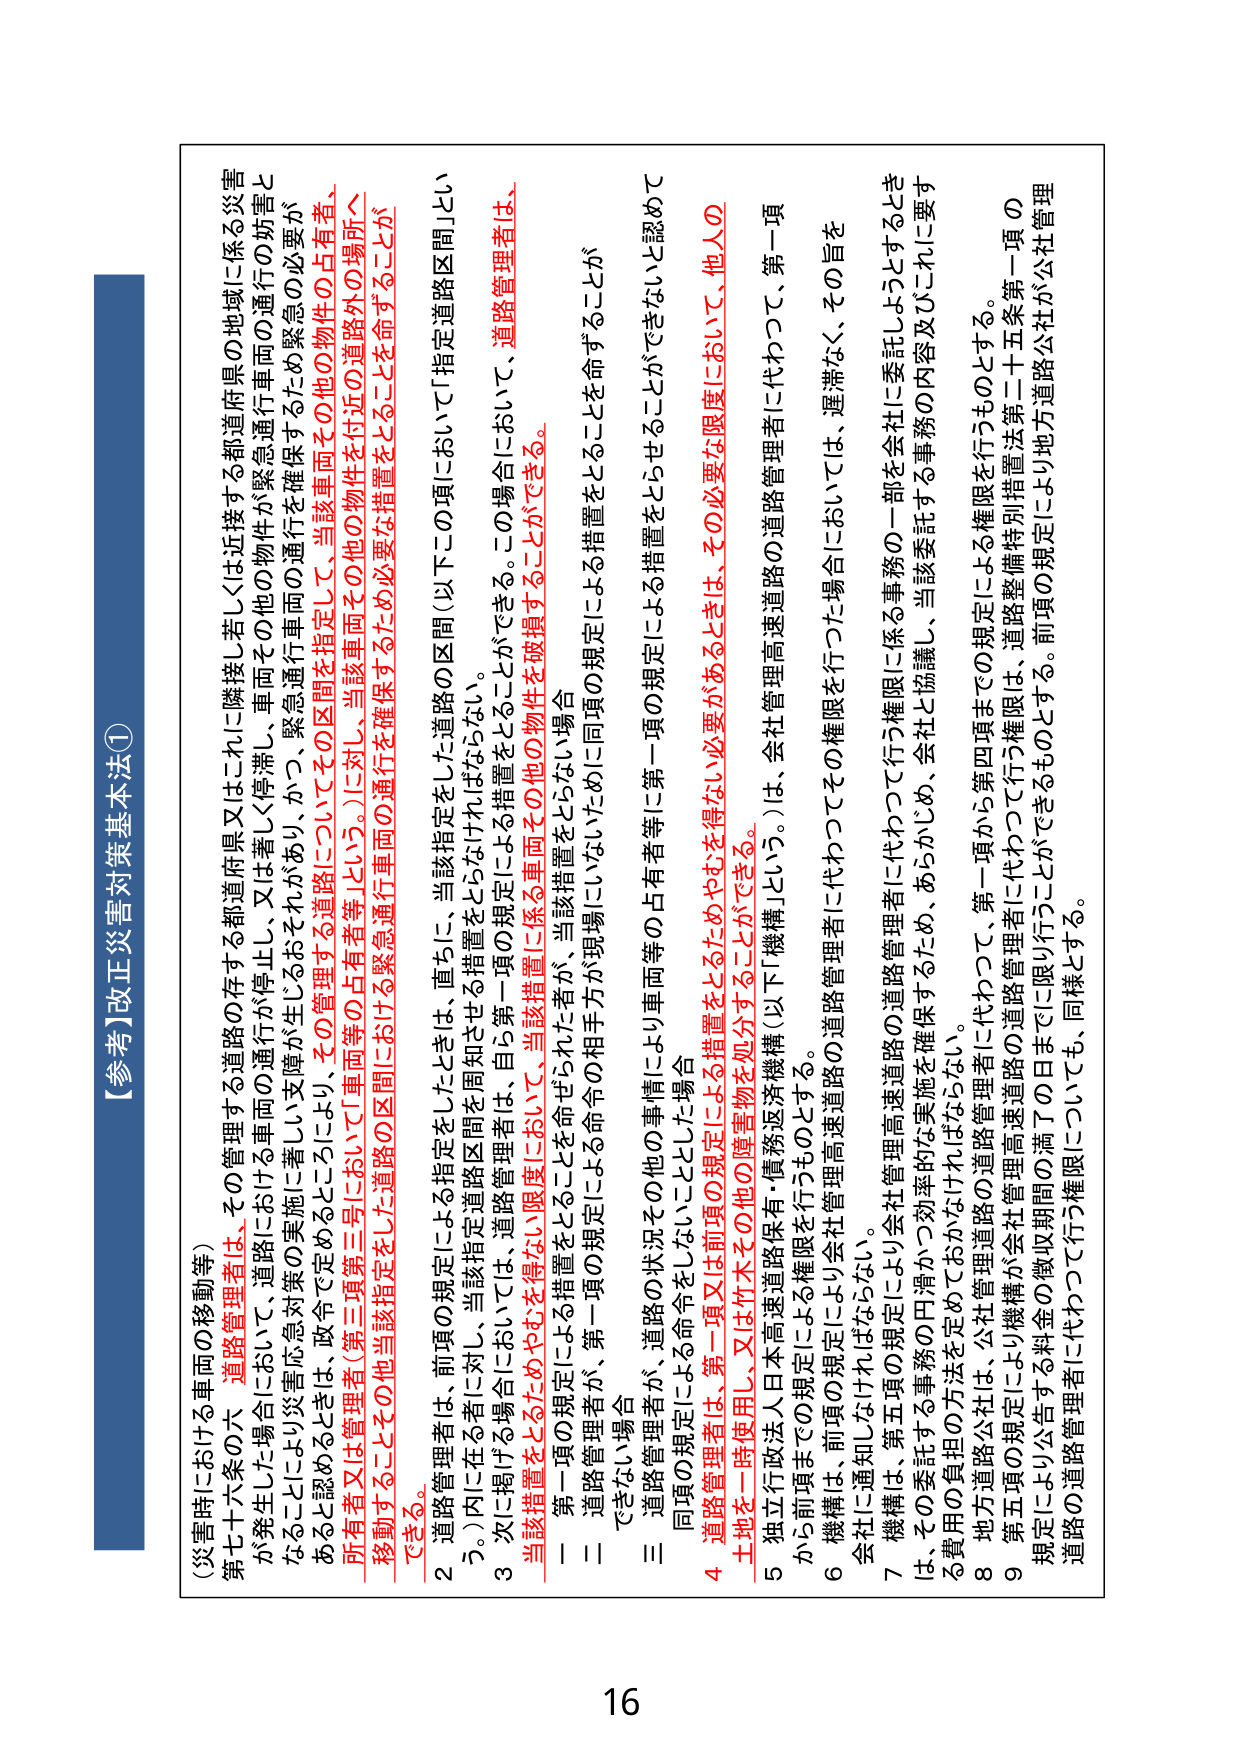
【参考】改正災害対策基本法①

（災害時における車両の移動等）

第七十六条の六 道路管理者は、その管理する道路の存する都道府県又はこれに隣接し若しくは近接する都道府県の地域に係る災害
が発生した場合において、道路における車両の通行が停止し、又は著しく停滞し、車両その他の物件が緊急通行車両の通行の妨害と
なることにより災害応急対策の実施に著しい支障が生じるおそれがあり、かつ、緊急通行車両の通行を確保するため緊急の必要が
あると認めるときは、政令で定めるところにより、その管理する道路についてその区間を指定して、当該車両その他の物件の占有者、
所有者又は管理者（第三項第三号において「車両等の占有者等」という。）に対し、当該車両その他の物件を付近の道路の場所へ
移動することその他当該指定をした道路の区間における緊急通行車両の通行を確保するため必要な措置をとることを命ずることが
できる。

２ 道路管理者が、前項の規定による指定をしたときは、直ちに、当該指定をした道路の区間（以下この項において「指定道路区間」とい
う。）内に在る者に対し、当該指定道路区間を周知させる措置をとらなければならない。

３ 次に掲げる場合においては、道路管理者は、自ら第一項の規定による措置をとることができる。この場合において、道路管理者は、
当該措置をとるためやむを得ない限度において、当該措置に係る車両その他の物件を破損することができる。

一 第一項の規定による措置をとることを命ぜられた者が、当該措置をとらない場合

二 道路管理者が、第一項の規定による命令の相手方が現場にいないために同項の規定による措置をとることを命ずることが
できない場合

三 道路管理者が、道路の状況その他の事情により車両等の占有者等による措置をとらせることができないと認めて
同項の規定による命令をしないこととした場合

４ 道路管理者は、第一項又は前項の規定による措置をとるためやむを得ない必要があるときは、その必要な限度において、他人の
土地を一時使用し、又は竹木その他の障害物を処分することができる。

５ 独立行政法人日本高速道路保有・債務返済機構（以下「機構」という。）は、会社管理高速道路の道路管理者に代わって、第一項
から前項までの規定による権限を行うものとする。

６ 機構は、前項の規定により会社管理高速道路の道路管理者に代わってその権限を行った場合においては、運滞なく、その旨を
会社に通知しなければならない。

７ 機構は、第五項の規定により会社管理高速道路の道路管理者に代わって行う権限に係る事務の一部を会社に委託しようとするとき
は、その委託する事務の円滑かつ効率的な実施を確保するため、あらかじめ、会社と協議し、当該委託する事務の内容及びこれに要す
る費用の負担の方法を定めておかなければならない。

８ 地方道路公社は、公社管理道路の道路管理者に代わって、第一項から第四項までの規定による権限を行うものとする。

９ 第五項の規定により機構が会社管理高速道路の道路管理者に代わって行う権限は、道路整備特別措置法第二十五条第一項の
規定により公告する料金の徴収期間の満了の日までに限り行うことができるものとする。前項の規定により地方道路公社が公社管理
道路の道路管理者に代わって行う権限についても、同様とする。

16